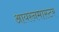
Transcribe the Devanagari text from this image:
आयरनमास्टर